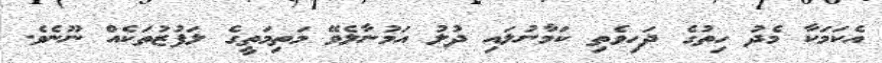
އެކަމަކާ މެދު ހިތުގެ ދަހިވެތި ކަމާނުލައި ދުލު އަމުނާލެވޭ މަތިމަތީގެ ލަފުޒުތަކެއް ނޫނެވެ.